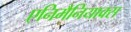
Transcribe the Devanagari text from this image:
एनिमैनियाक्स